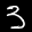
Label: 3